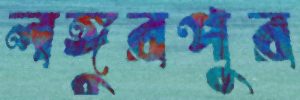
লঙ্গুরপুর